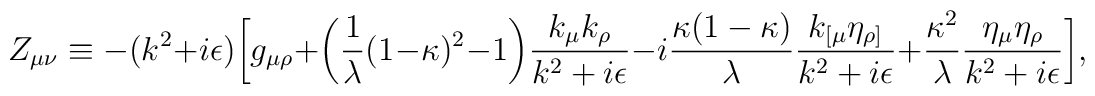
Z_{\mu\nu}\equiv-(k^2+i\epsilon)\biggl[g_{\mu\rho}+\biggl({1\over\lambda}(1-\kappa)^2-1\biggr){k_\mu k_\rho\over{k^2+i\epsilon}}-i{{\kappa(1-\kappa)}\over\lambda}{k_{[\mu}\eta_{\rho]}\over{k^2+i\epsilon}}+{\kappa^2\over\lambda}{\eta_\mu\eta_\rho\over{k^2+i\epsilon}}\biggr],